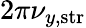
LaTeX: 2\pi\nu_{y,\mathrm{str}}